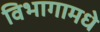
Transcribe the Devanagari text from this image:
विभागामधे